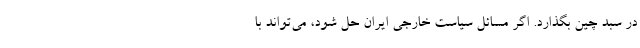
در سبد چین بگذارد. اگر مسائل سیاست خارجی ایران حل شود، می‌تواند با